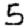
Digit: 5